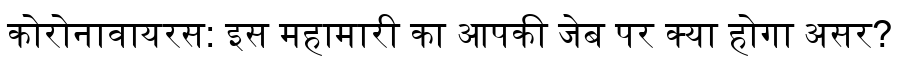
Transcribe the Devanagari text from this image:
कोरोनावायरस: इस महामारी का आपकी जेब पर क्या होगा असर?